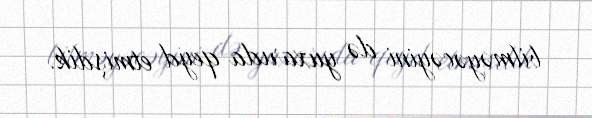
bilməyəcəyini də yuxarıda qeyd etmişdik.